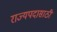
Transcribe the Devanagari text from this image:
राज्यपदासाठी